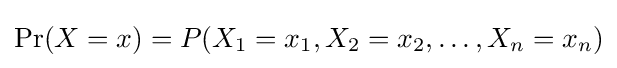
\Pr(X=x)=P(X_{1}=x_{1},X_{2}=x_{2},\ldots ,X_{n}=x_{n})